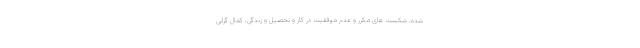
شده، شکست های مکرر و عدم موفقیت در کار و تحصیل و زندگی، کمال گرایی